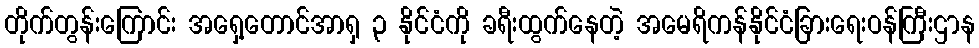
တိုက်တွန်းကြောင်း အရှေ့တောင်အာရှ ၃ နိုင်ငံကို ခရီးထွက်နေတဲ့ အမေရိကန်နိုင်ငံခြားရေးဝန်ကြီးဌာန